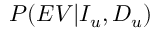
P ( E V | I _ { u } , D _ { u } )